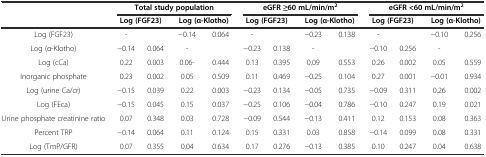
|  | <COLSPAN=4> Total study population | <COLSPAN=4> eGFR ≥60 mL/min/m2 | <COLSPAN=4> eGFR <60 mL/min/m2 |
 |  | <COLSPAN=2> Log (FGF23) | <COLSPAN=2> Log (α-Klotho) | <COLSPAN=2> Log (FGF23) | <COLSPAN=2> Log (α-Klotho) | <COLSPAN=2> Log (FGF23) | <COLSPAN=2> Log (α-Klotho) |
 | --- | --- | --- | --- | --- | --- | --- | --- | --- | --- | --- | --- | --- |
 | Log (FGF23) | - |  | −0.14 | 0.064 | - |  | −0.23 | 0.138 | - |  | −0.10 | 0.256 |
 | Log (α-Klotho) | −0.14 | 0.064 | - |  | −0.23 | 0.138 | - |  | −0.10 | 0.256 | - |  |
 | Log (cCa) | 0.22 | 0.003 | 0.06- | 0.444 | 0.13 | 0.395 | 0.09 | 0.553 | 0.26 | 0.002 | 0.05 | 0.559 |
 | Inorganic phosphate | 0.23 | 0.002 | 0.05 | 0.509 | 0.11 | 0.469 | −0.25 | 0.104 | 0.27 | 0.001 | −0.01 | 0.934 |
 | Log (urine Ca/cr) | −0.15 | 0.039 | 0.22 | 0.003 | −0.23 | 0.134 | −0.05 | 0.735 | −0.09 | 0.311 | 0.26 | 0.002 |
 | Log (FEca) | −0.15 | 0.045 | 0.15 | 0.037 | −0.25 | 0.106 | −0.04 | 0.786 | −0.10 | 0.247 | 0.19 | 0.021 |
 | Urine phosphate creatinine ratio | 0.07 | 0.348 | 0.03 | 0.728 | −0.09 | 0.544 | −0.13 | 0.411 | 0.12 | 0.153 | 0.08 | 0.363 |
 | Percent TRP | −0.14 | 0.064 | 0.11 | 0.124 | 0.15 | 0.331 | 0.03 | 0.858 | −0.14 | 0.099 | 0.08 | 0.331 |
 | Log (TmP/GFR) | 0.07 | 0.355 | 0.04 | 0.634 | 0.17 | 0.276 | −0.13 | 0.385 | 0.10 | 0.247 | 0.04 | 0.638 |